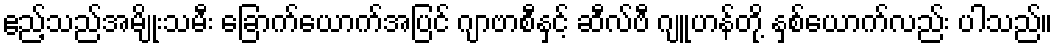
ဧည့်သည်အမျိုးသမီး ခြောက်ယောက်အပြင် ဂျာဗာစီနှင့် ဆီလ်ဗီ ဂျူဟန်တို့ နှစ်ယောက်လည်း ပါသည်။